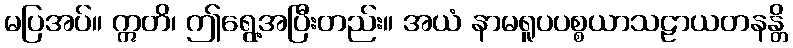
မပြအပ်။ ဣတိ၊ ဤရွေ့အပြီးတည်း။ အယံ နာမရူပပစ္စယာသဠာယတနန္တိ